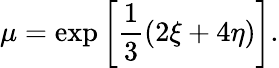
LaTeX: \mu=\exp\left[\frac{1}{3}(2\xi+4\eta)\right].